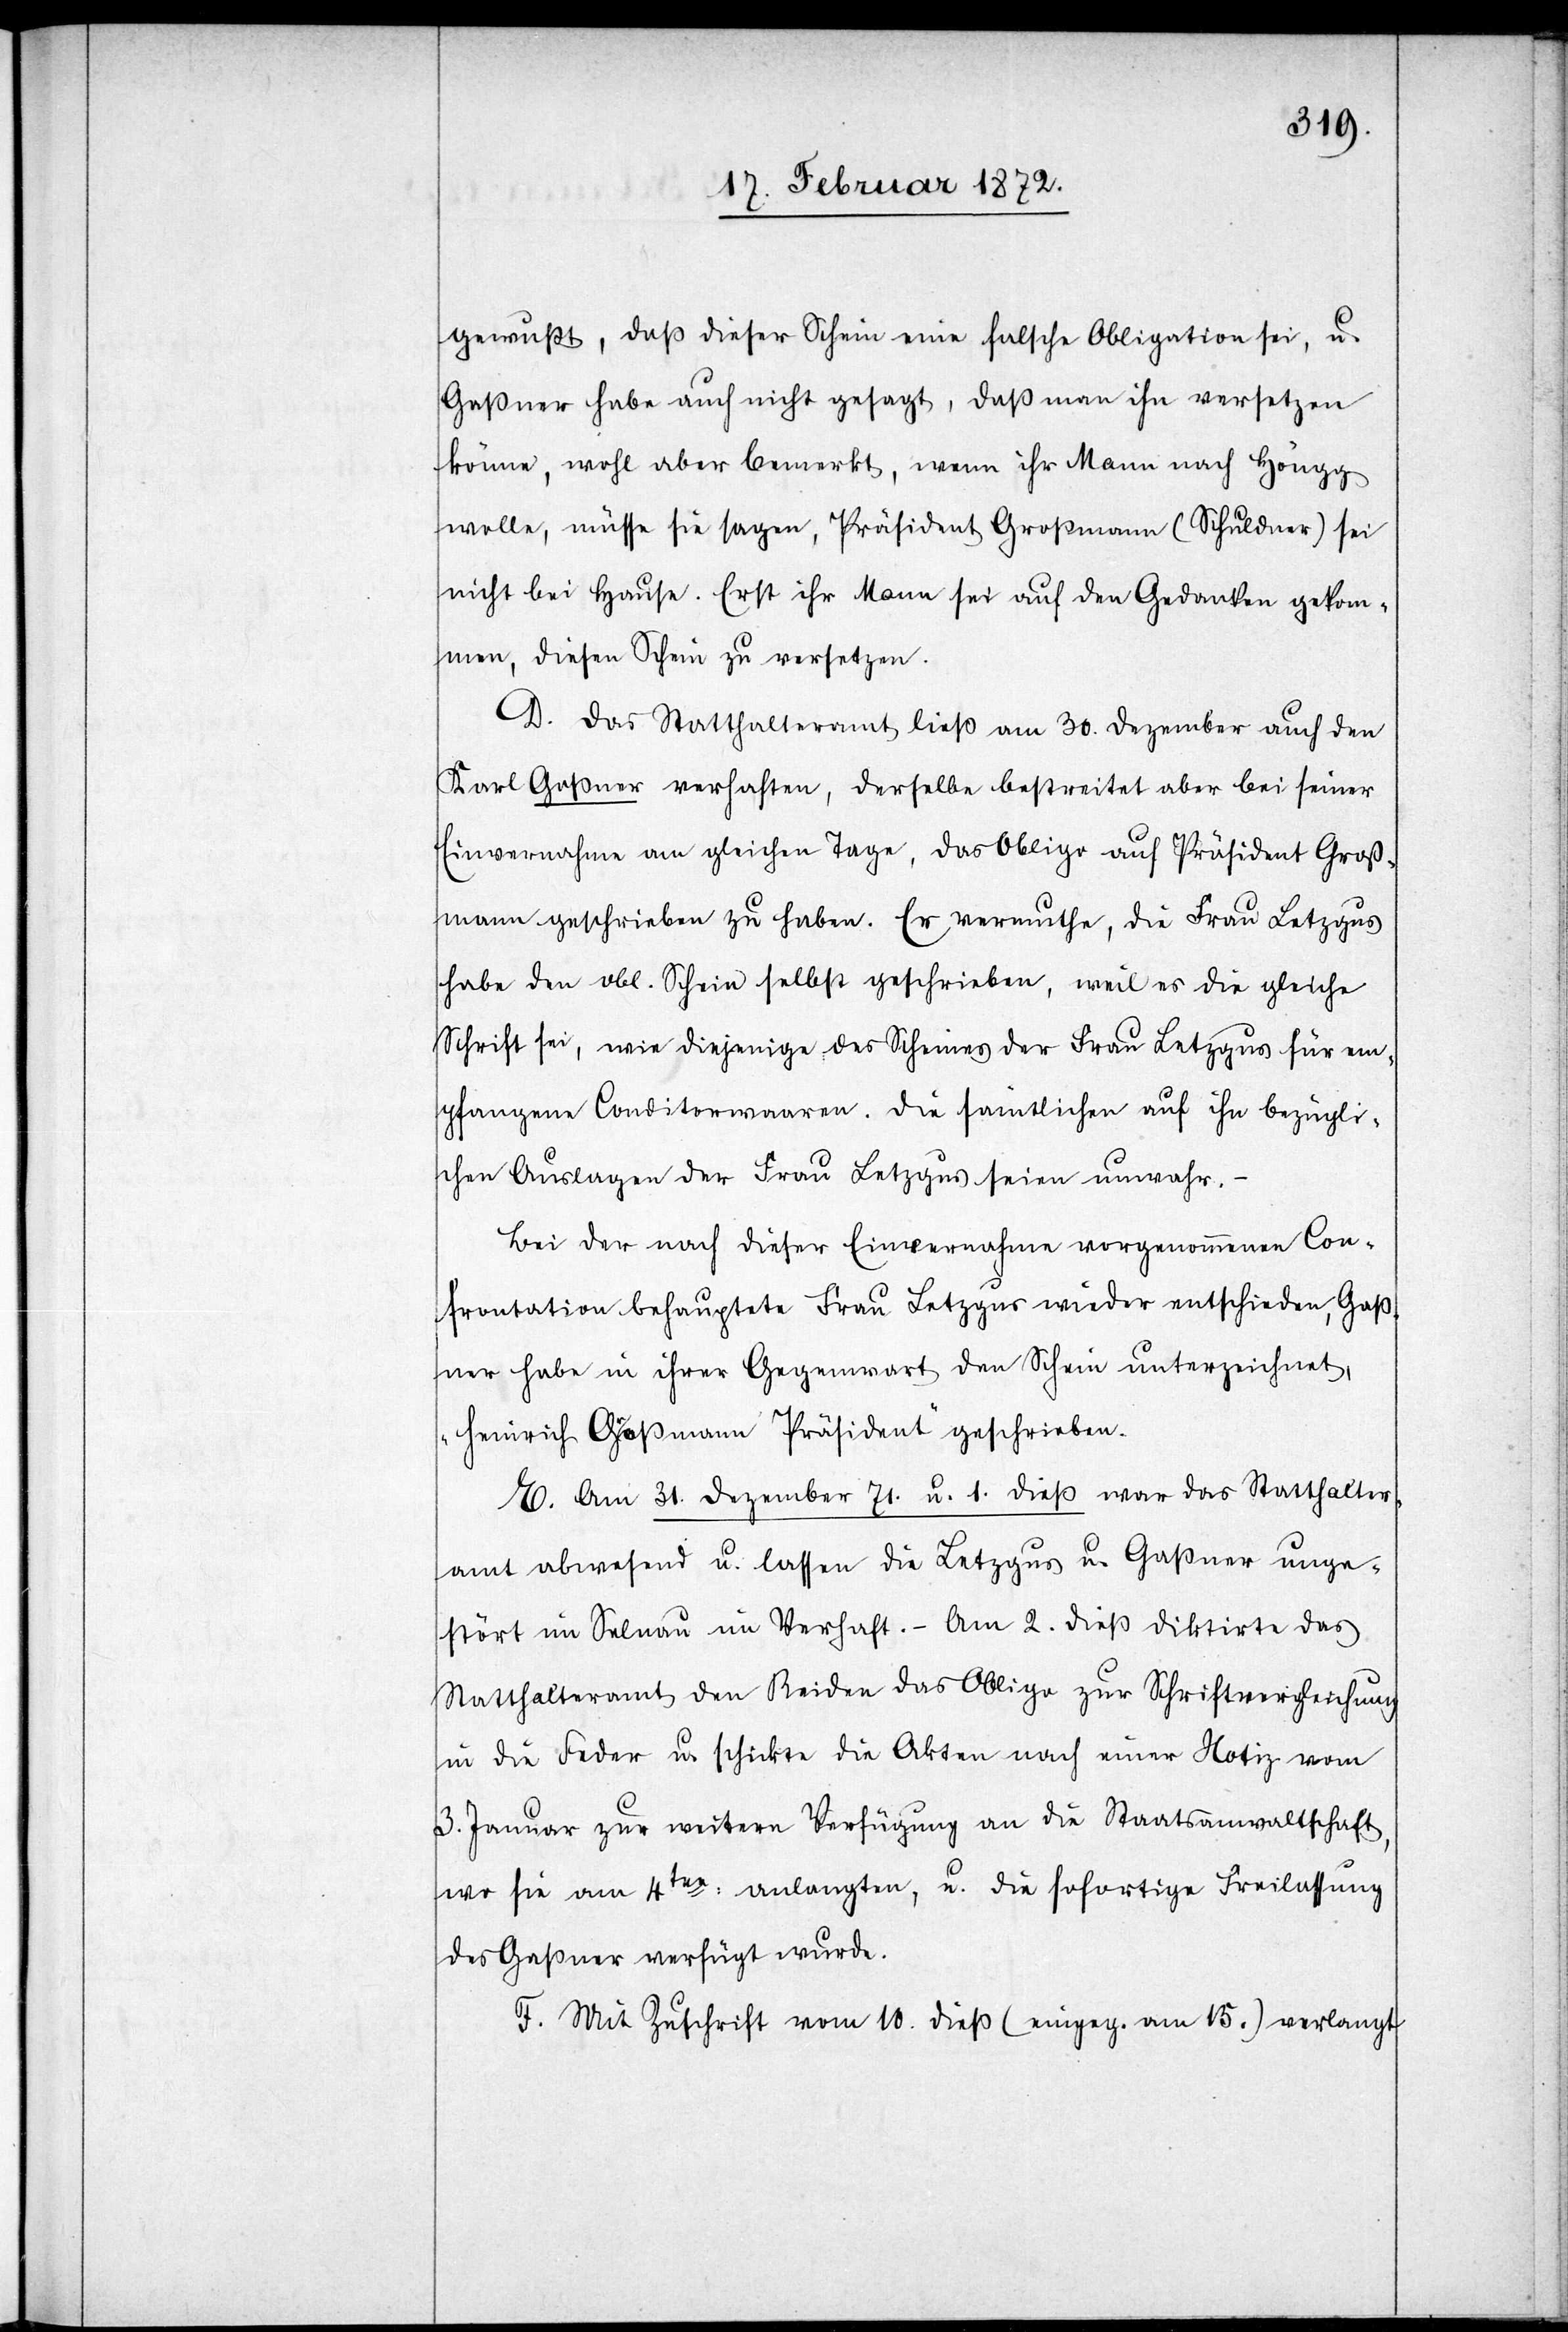
gewußt, daß dieser Schein eine falsche Obligation sei, u.
Gaßner habe auch nicht gesagt, daß man ihn versetzen
könne, wohl aber bemerkt, wenn ihr Mann nach Höngg
wolle, müsse sie sagen, Präsident Großmann (Schuldner) sei
nicht bei Hause. Erst ihr Mann sei auf den Gedanken gekom¬
men, diesen Schein zu versetzen.
D. Das Statthalteramt ließ am 30. Dezember auch den
Karl Gaßner verhaften, derselbe bestreitet aber bei seiner
Einvernahme am gleichen Tage, das Obligo auf Präsident Groß¬
mann geschrieben zu haben. Er vermuthe, die Frau Letzgus
habe den obl. Schein selbst geschrieben, weil es die gleiche
Schrift sei, wie diejenige des Scheines der Frau Letzgus für em¬
pfangene Conditorwaaren. Die sämtlichen auf ihn bezügli¬
chen Auslagen der Frau Letzgus seien unwahr.–
Bei der nach dieser Einvernahme vorgenommenen Con¬
frontation behauptete Frau Letzgus wieder entschieden, Gaß¬
ner habe in ihrer Gegenwart den Schein unterzeichnet,
„Heinrich Großmann Präsident“ geschrieben.
E. Am 31. Dezember 71. u. 1. dieß war das Statthalter¬
amt abwesend u. lassen [sic!] die Letzgus u. Gaßner unge¬
stört im Selnau im Verhaft. – Am 2. dieß diktirte das
Statthalteramt den Beiden das Obligo zur Schriftvergleichung
in die Feder u. schickte die Akten nach einer Notiz vom
3. Januar zur weitern Verfügung an die Staatsanwaltschaft,
wo sie am 4ten anlangten, u. die sofortige Freilassung
des Gaßner verfügt wurde.
F. Mit Zuschrift vom 10. dieß (eingeg. am 15.) verlangt